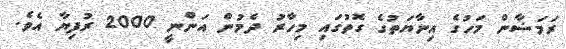
ރަމަޟާން މަހުގެ އިނާޔަތުގެ ގޮތުގައި މިހާރު ދެމުން އަންނީ 2000 ރުފިޔާ އެވެ.